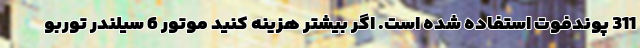
311 پوندفوت استفاده شده است. اگر بیشتر هزینه کنید موتور 6 سیلندر توربو